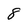
Character: 8